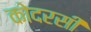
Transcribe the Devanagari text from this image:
कोदरसी